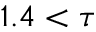
1 . 4 < \tau